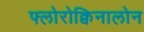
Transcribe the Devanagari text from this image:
फ्लोरोक्विनालोन